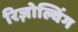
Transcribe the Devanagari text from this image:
रिज़ोल्विंग